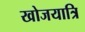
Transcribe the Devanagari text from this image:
खोजयात्रि